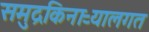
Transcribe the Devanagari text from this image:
समुद्रकिनाऱ्यालगत